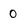
Character: 0